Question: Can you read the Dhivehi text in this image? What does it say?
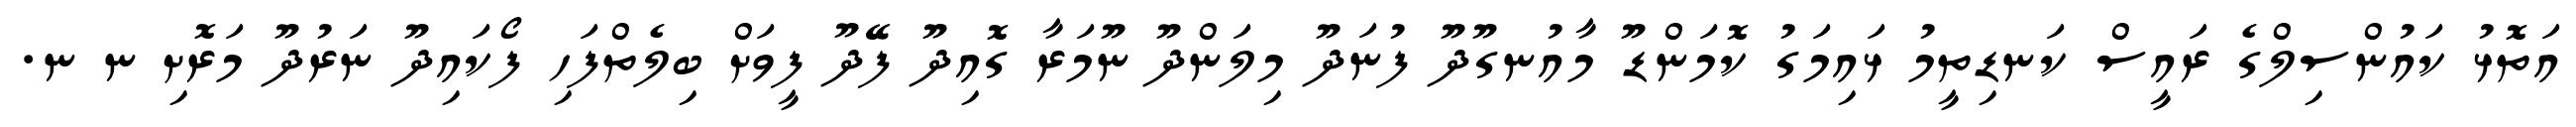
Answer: އަތޮޅު ކައުންސިލްގެ ރައީސް ކަނޑިތީމު ޅައިމަގު ކޮމަންޑޫ މާއުނގޫދޫ ފުނަދޫ މިލަންދޫ ނޫމަރާ ގޮއިދޫ ފޭދޫ ފީވަށް ބިލެތްފަހި ފޯކައިދޫ ނަރުދޫ މަރޮށި ނ ނ.